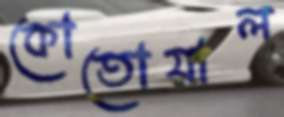
কোতোয়াল